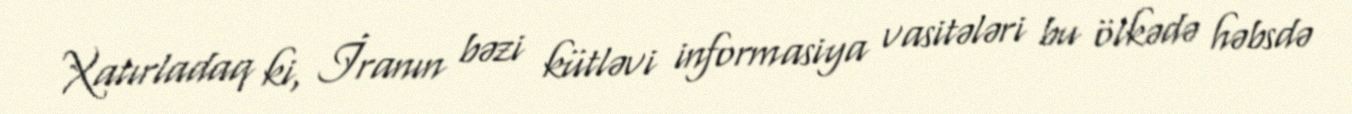
Xatırladaq ki, İranın bəzi kütləvi informasiya vasitələri bu ölkədə həbsdə